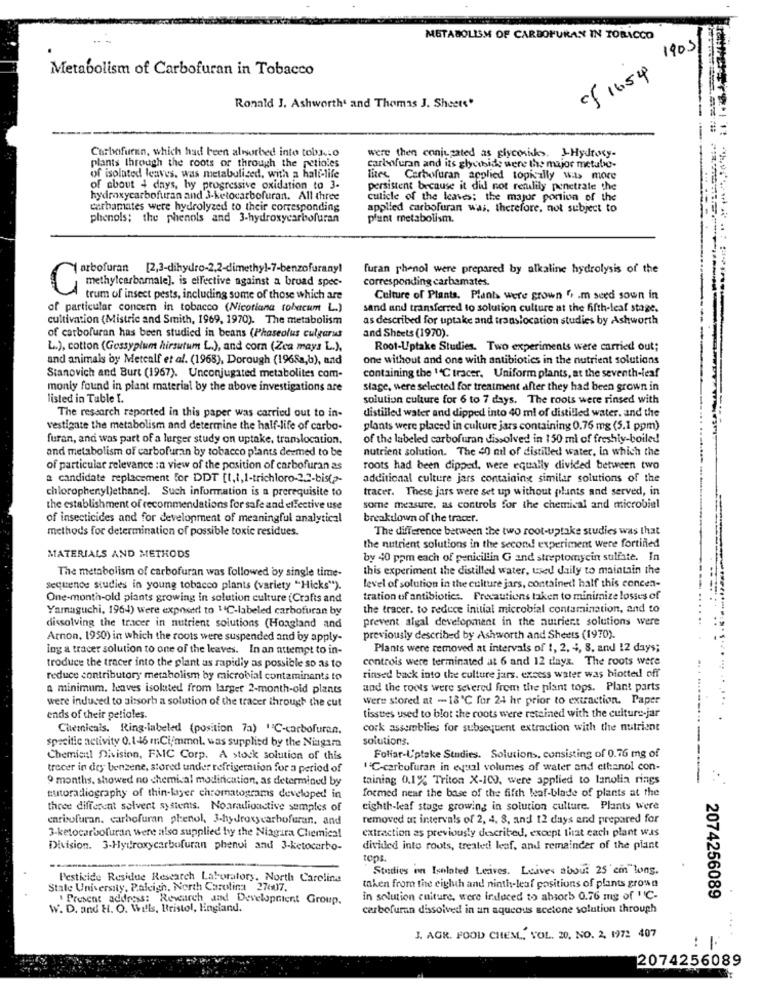
METABOLISM OF CARBONURAN IN TOBACCO
1903
Metabolism of Carbofuran in Tobacco
cf 16.54
Ronald J. Ashworth' and Thomas J. Sheets'
Carbofuran, which had been alvorbed into tobr.o
were then conjugated as glycosisks. LHydroty-
plants through the roots or through the petioles
carbofuran and its glycoside were the major metube-
of isolated leaves. was metabolized, with a half-life
litet Carbofuran applied topisally w> more
of about 4 days, hy progressive oxidation to 3-
persistent because it did not realily penetrate the
hydroxycarbofuran and 3-ketocarbofuran. All three
cuticle of the leaves; the major ponion of the
carbamates were hydrolyzed to their corresponding
applied carbofuran wai. therefore, not subject to
phenols; the phenols and 3-hydroxycarbofuran
plant metabolism.
arbofuran [2,3-dihydro-2,2-dimethyl-7-benzofurany!
furan phenol were prepared by alkaline hydrolysis of the
methylcarbamale]. is effective against a broad spec-
corresponding carbamates.
C
trum of insect pests, including some of those which are
Culture of Plants. Plants were grown ", . m seed sown in
of particular concern in tobacco (Nicotiana tobacum L.)
sand and transferred to solution culture at the fifth-leaf stage.
cultivation (Mistric and Smith, 1969, 1970). The metabolism
as described for uptake and translocation studies by Ashworth
of carbofuran has been studied in beans (Phaseolus culgarus
and Sheets (1970).
L.), cotton (Gossyplum hirsutum L.), and com (Zea mays L.),
Root-Uptake Studies. Two experiments were carried out;
and animals by Metcalf et al. (1968), Dorough (1968a,b), and
one without and one with antibiotics in the nutrient solutions
containing the 1C tracer. Uniform plants, at the seventh-leaf
Stanovich and Burt (1967). Unconjugated metabolites com-
monly found in plant material by the above investigations are
stage, were selected for treatment after they had been grown in
listed in Table I.
solution culture for 6 to 7 days. The roots were rinsed with
distilled water and dipped into 40 ml of distilled water. and the
The research reported in this paper was carried out to in-
vestigate the metabolism and determine the half-life of carbo-
plants were placed in culture jars containing 0.75 mg (5.1 ppm)
furan, and was part of a larger study on uptake, tramlocation.
of the labeled carbofuran dissolved in 150 ml of freshly-boiled
and metabolism of carbofuran by tobacco plants deemed to be
nutrient solution. The 40 mil of distilled water, in which the
of particular relevance :a view of the position of carbofuran as
roots had been dipped, were equally divided between two
a candidate replacement for DDT [1,1,1-trichloro-2.2-bis(a-
additional culture jars containing similar solutions of the
chlorophenyl)ethane]. Such information is a prerequisite to
tracer. These jars were set up without plants and served, in
the establishment of recommendations for safe and effective use
some measure, as controls for the chemical and microbial
of insecticides and for development of meaningful analytical
breakdown of the tracer.
methods for determination of possible toxic residues.
The difference between the two root-uptake studies was that
the nutrient solutions in the second experiment were fortified
MATERIALS AND METHODS
by 40 ppm each of penicillin G and streptomycin sulfate. In
The metabolism of carbofuran was followed by single time-
this experiment the distilled water, used daily to maintain the
Sequence studies in young tobacco plants (variety "Hicks").
level of solution in the culture jars, contained half this concen-
One-month-old plants growing in solution culture (Crafts and
tration of antibiotics. Precautions taken to minimize losses of
Yamaguchi, 1964) were exposed to 14℃-labeled carbofuran by
the tracer. to reduce initial microbial contamination, and to
prevent algal development in the nutrient solutions were
dissolving the tracer in nutrient solutions (Hoagland and
Arnon, 1950) in which the roots were suspended and by apply-
previously described by Ashworth and Sheets (1970).
Ing a tracer solution to one of the leaves. In an attempt to in-
Plants were removed at intervals of 1, 2, 4, 8, and 12 days;
controis were terminated at 6 and 12 days. The roots were
troduce the tracer into the plant as rapidly as possible so as to
reduce contributory metabolism by microbial contaminants to
rinsed back into the culture jars. excess water was biotted off
a minimum. leaves isolated from larger 2-month-old plants
and the roots were severed frem the plant tops. Plant parts
were induced to absorb a solution of the tracer through the cut
were stored at - 18℃ for 24 hr prior to extraction. Paper
ends of their petioles.
tissues used to blot the roots were retained with the culture-jar
Chemicals. Ring-labeled (position 7a) "C-carbofuran.
cork assemblies for subsequent extraction with the nutrient
specific activity 0.146 mCi/mmol. was supplied by the Niagara
solutions.
Chemial Division, FMIC Corp. A stock solution of this
Foliar-U'ptake Studies. Solutions, consisting of 0.76 mg of
trecer in dey benzene, stored under refrigeration for a period of
"C-carbofuran in equal volumes of water and ethanol con-
9 months, showed no chemical modification, as determined by
taining 0.1% Triton X-100, were applied to lanolia rings
formed near the base of the fifth leaf-blade of plants at the
tutoradiography of thin-kiyer chromatograms developed in
three different solvent systems. Noaradioactive samples of
eighth-leaf stage growing in solution culture. Plants Were
enrisofuran, carbofuran phenol, 3-hydroxycarbofuran. and
removed at intervals of 2, 4, 8, and 12 days and prepared for
extraction as previously described, except that each plant was
3-ketocarbofuran were also supplied by the Niagara Chemical
Division. 3-Hydroxycarbofuran phenui and 3-ketocarbo-
divided into roots, treated! leaf, and remainder of the plant
tops.
Studies on Isolated Leaves. Leaves about 25'em long.
Pesticide Residue Research Laboratory. North Carolina
State University, Paleigh, North Carolina 27607.
taken from the eigluh and ninth-leaf positions of plants grown
Present address: Research and Development Group.
in solution culture, were induced to absorb 0.76 mg of "C-
2074256089
W. D. and H. O. Wills, Bristol, England.
carbofuran dissolved in un aqueous scetone solution through
J. AGR. FOOD CHEM ,, VOL. 20. NO. 2, 1972 407
-
2074256089